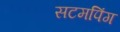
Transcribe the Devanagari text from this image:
सटमपिंग